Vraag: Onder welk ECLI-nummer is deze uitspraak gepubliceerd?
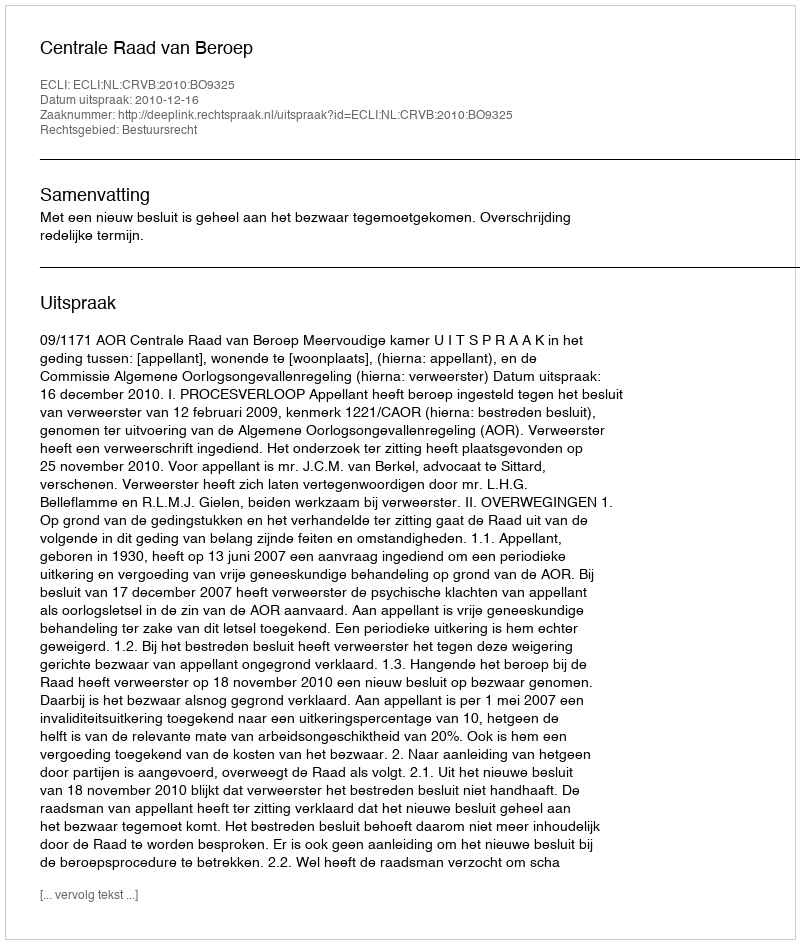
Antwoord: ECLI:NL:CRVB:2010:BO9325